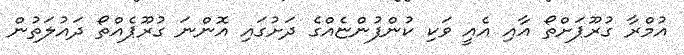
އުމްރާ ގުރޫޕަށްތޯ އާއި އެއީ ވަކި ކުންފުންޏެއްގެ ދަށުގައި އޮންނަ ގުރޫޕެއްތޯ ދައުލަތުން